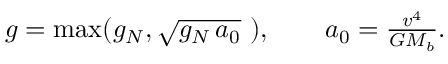
\begin{array} { r } { g = \mathrm { m a x } ( g _ { N } , \sqrt { g _ { N } \, a _ { 0 } } \, \, ) , \qquad a _ { 0 } = \frac { v ^ { 4 } } { G M _ { b } } . } \end{array}